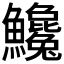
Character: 𩽝